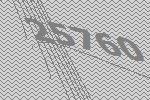
25760